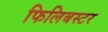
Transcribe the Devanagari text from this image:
फिलिबस्टर